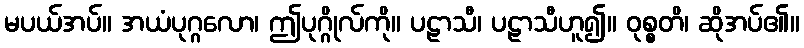
မပယ်အပ်။ အယံပုဂ္ဂလော၊ ဤပုဂ္ဂိုလ်ကို။ ပဠာသီ၊ ပဠာသီဟူ၍။ ဝုစ္စတိ၊ ဆိုအပ်၏။